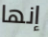
إنها